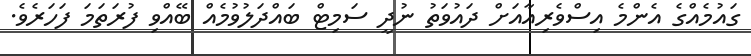
ގައުމެއްގެ އެންމެ އިސްވެރިއާއަށް ދައުވަތު ނުދީ ސަމިޓް ބައްދަލުވުމެއް ބޭއްވި ފުރަތަމަ ފަހަރެވެ.